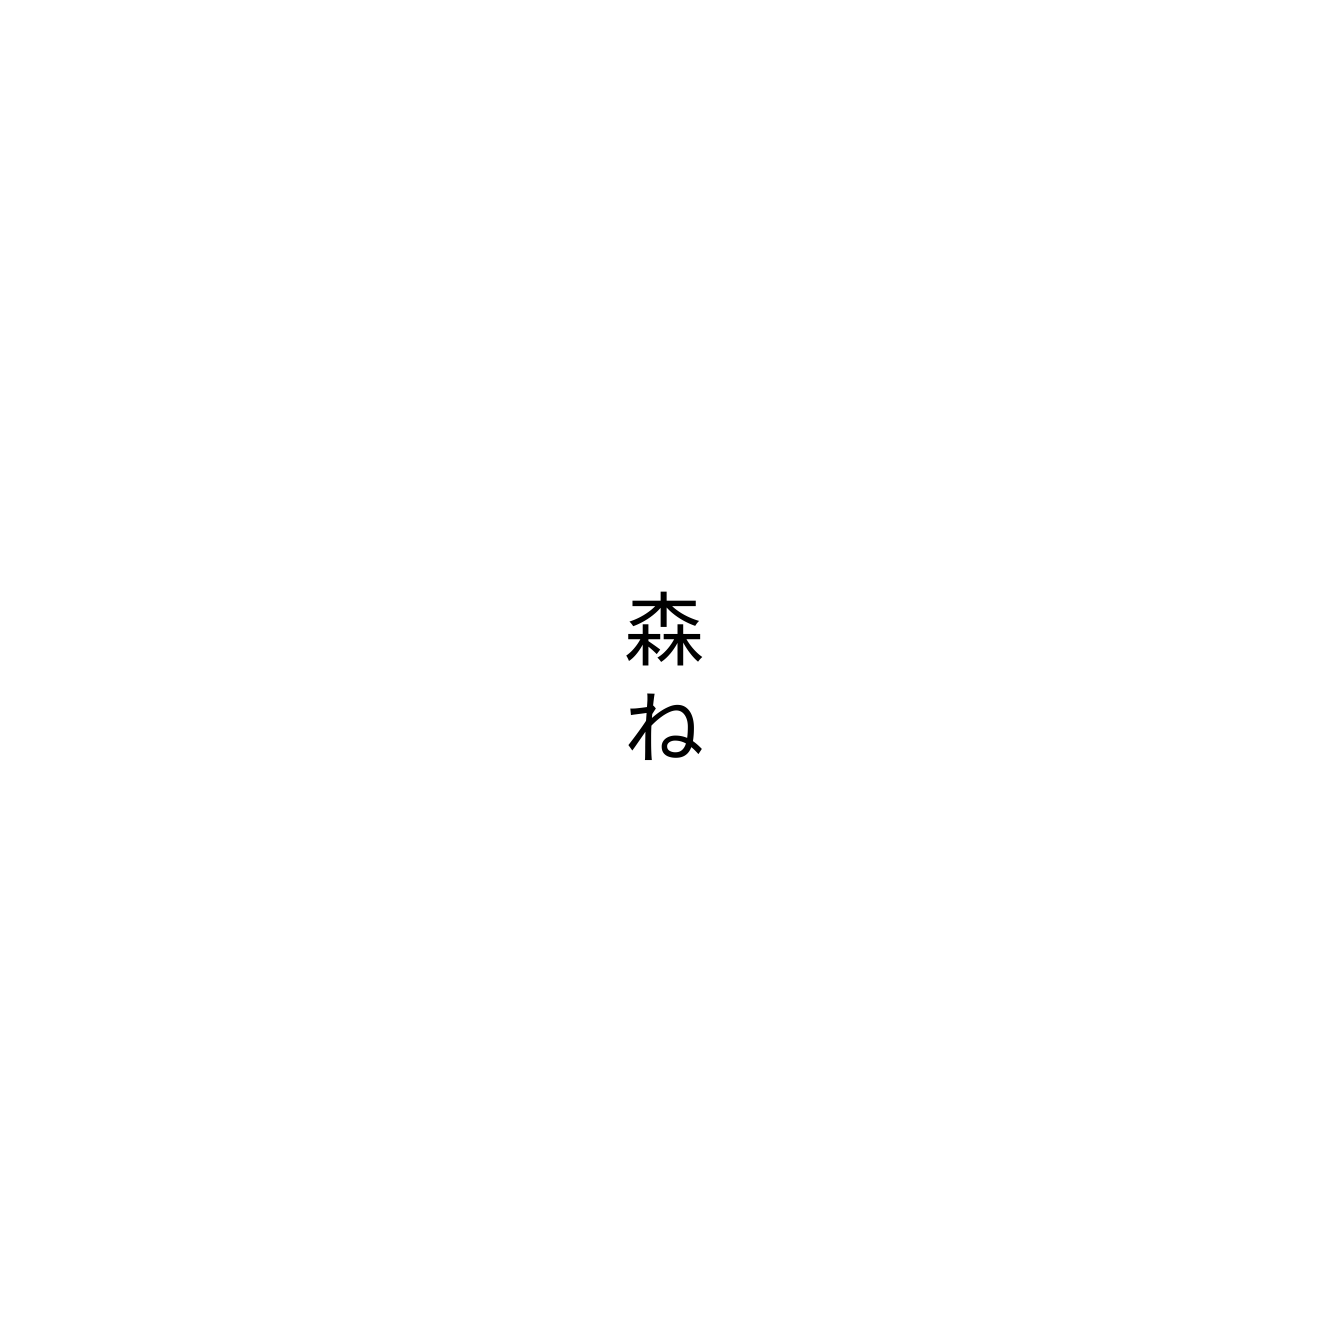
森ね